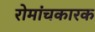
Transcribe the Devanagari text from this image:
रोमांचकारक